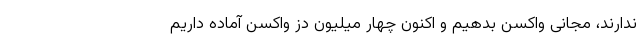
ندارند، مجانی واکسن بدهیم و اکنون چهار میلیون دُز واکسن آماده داریم